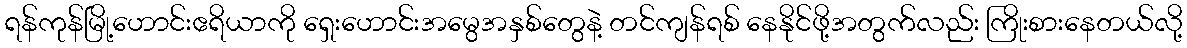
ရန်ကုန်မြို့ဟောင်းဧရိယာကို ရှေးဟောင်းအမွေအနှစ်တွေနဲ့ တင်ကျန်ရစ် နေနိုင်ဖို့အတွက်လည်း ကြိုးစားနေတယ်လို့